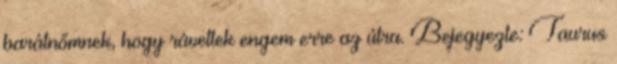
barátnőmnek, hogy rávettek engem erre az útra. Bejegyezte: Taurus